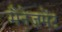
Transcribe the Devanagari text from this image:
मैनेज़मेंट